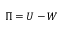
\Pi = U - W